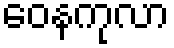
ဝေနကုလာ